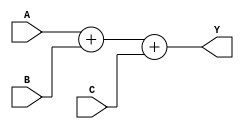
module Adder_Risc(A, B, C, Y);
  //Input and Output Declaration
  input [31:0] A, B;
  input C;
  output [31:0] Y;
  
  //code
  assign Y = A + B + C;

endmodule